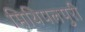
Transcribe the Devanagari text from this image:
मिथिपलपुरी